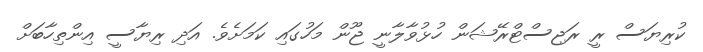
ކުރިޔަސް ރީ ރަޖިސްޓްރޭޝަން ހުޅުވާލާނީ ޖޫން މަހުގައި ކަމަށެވެ. އަދި ރިޔާސީ އިންތިހާބަށް